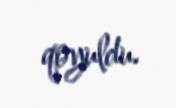
qoyuldu.